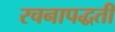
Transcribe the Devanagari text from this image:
रचनापद्धती